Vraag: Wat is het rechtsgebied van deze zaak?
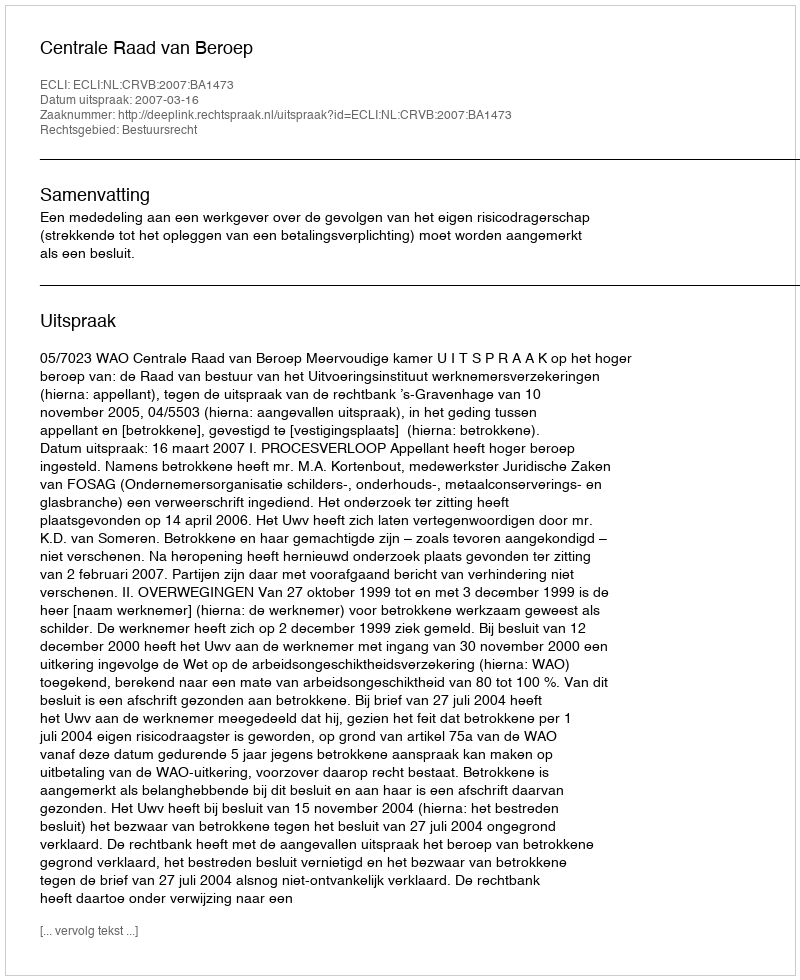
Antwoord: Bestuursrecht